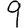
Digit: 9